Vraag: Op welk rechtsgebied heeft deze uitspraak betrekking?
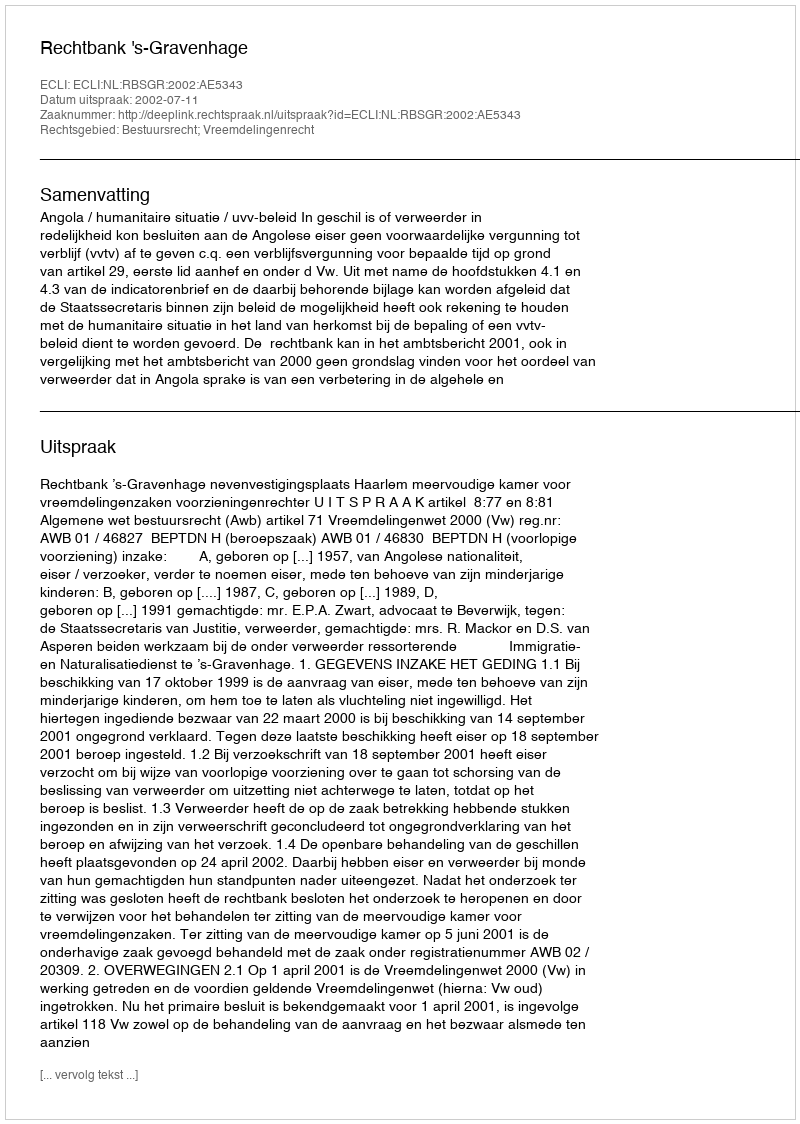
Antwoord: Bestuursrecht; Vreemdelingenrecht